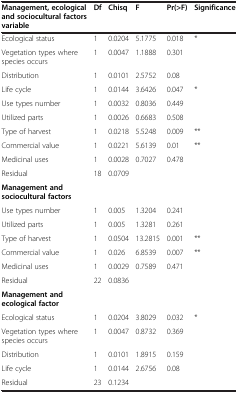
<table><thead><tr><td><b>Management, ecological and sociocultural factors variable</b></td><td><b>Df</b></td><td><b>Chisq</b></td><td><b>F</b></td><td><b>Pr(&gt;F)</b></td><td><b>Significance</b></td></tr></thead><tbody><tr><td>Ecological status</td><td>1</td><td>0.0204</td><td>5.1775</td><td>0.018</td><td>*</td></tr><tr><td>Vegetation types where species occurs</td><td>1</td><td>0.0047</td><td>1.1888</td><td>0.301</td><td> </td></tr><tr><td>Distribution</td><td>1</td><td>0.0101</td><td>2.5752</td><td>0.08</td><td> </td></tr><tr><td>Life cycle</td><td>1</td><td>0.0144</td><td>3.6426</td><td>0.047</td><td>*</td></tr><tr><td>Use types number</td><td>1</td><td>0.0032</td><td>0.8036</td><td>0.449</td><td> </td></tr><tr><td>Utilized parts</td><td>1</td><td>0.0026</td><td>0.6683</td><td>0.508</td><td> </td></tr><tr><td>Type of harvest</td><td>1</td><td>0.0218</td><td>5.5248</td><td>0.009</td><td>**</td></tr><tr><td>Commercial value</td><td>1</td><td>0.0221</td><td>5.6139</td><td>0.01</td><td>**</td></tr><tr><td>Medicinal uses</td><td>1</td><td>0.0028</td><td>0.7027</td><td>0.478</td><td> </td></tr><tr><td>Residual</td><td>18</td><td>0.0709</td><td> </td><td> </td><td> </td></tr><tr><td><b>Management and sociocultural factors</b></td><td> </td><td> </td><td> </td><td> </td><td> </td></tr><tr><td>Use types number</td><td>1</td><td>0.005</td><td>1.3204</td><td>0.241</td><td> </td></tr><tr><td>Utilized parts</td><td>1</td><td>0.005</td><td>1.3281</td><td>0.261</td><td> </td></tr><tr><td>Type of harvest</td><td>1</td><td>0.0504</td><td>13.2815</td><td>0.001</td><td>**</td></tr><tr><td>Commercial value</td><td>1</td><td>0.026</td><td>6.8539</td><td>0.007</td><td>**</td></tr><tr><td>Medicinal uses</td><td>1</td><td>0.0029</td><td>0.7589</td><td>0.471</td><td> </td></tr><tr><td>Residual</td><td>22</td><td>0.0836</td><td> </td><td> </td><td> </td></tr><tr><td><b>Management and ecological factor</b></td><td> </td><td> </td><td> </td><td> </td><td> </td></tr><tr><td>Ecological status</td><td>1</td><td>0.0204</td><td>3.8029</td><td>0.032</td><td>*</td></tr><tr><td>Vegetation types where species occurs</td><td>1</td><td>0.0047</td><td>0.8732</td><td>0.369</td><td> </td></tr><tr><td>Distribution</td><td>1</td><td>0.0101</td><td>1.8915</td><td>0.159</td><td> </td></tr><tr><td>Life cycle</td><td>1</td><td>0.0144</td><td>2.6756</td><td>0.08</td><td> </td></tr><tr><td>Residual</td><td>23</td><td>0.1234</td><td> </td><td> </td><td> </td></tr></tbody></table>